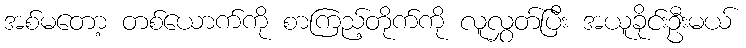
အစ်မတော့ တစ်ယောက်ကို စာကြည့်တိုက်ကို လူလွှတ်ပြီး အယူခိုင်းဦးမယ်